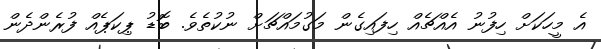
އެ މީހަކަށް ހިފުނު އެއްޗެއް ހިފައިގެން މަގުމައްޗަށް ނުކުތެވެ. ބޮޑު ޕިކަޕެއް ފުރެންދެން